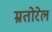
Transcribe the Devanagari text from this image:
म्रतोरेल